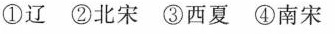
①辽②北宋③西夏④南宋